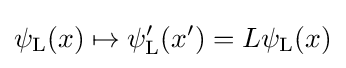
\psi _{\rm {L}}(x)\mapsto \psi _{\rm {L}}^{\prime }(x^{\prime })=L\psi _{\rm {L}}(x)